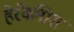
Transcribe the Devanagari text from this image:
हेरॅक्लीस